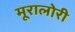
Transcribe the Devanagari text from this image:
मूरालोरी